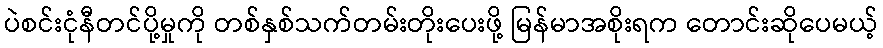
ပဲစင်းငုံနီတင်ပို့မှုကို တစ်နှစ်သက်တမ်းတိုးပေးဖို့ မြန်မာအစိုးရက တောင်းဆိုပေမယ့်